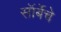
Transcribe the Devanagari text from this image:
सॉर्बेचे